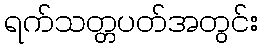
ရက်သတ္တပတ်အတွင်း